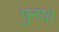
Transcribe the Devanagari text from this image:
पुनया